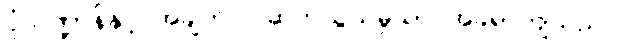
ပုံသဏ္ဍာန်နှင့် အချက်ပြ ဆက်သွယ်မှုသာ အခရာကျသည်။